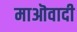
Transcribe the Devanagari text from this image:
माऒवादी